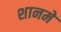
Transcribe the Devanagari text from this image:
शानमे